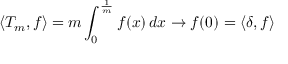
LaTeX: \langle T _ { m } , f \rangle = m \int _ { 0 } ^ { \frac { 1 } { m } } f ( x ) \, d x \to f ( 0 ) = \langle \delta , f \rangle